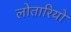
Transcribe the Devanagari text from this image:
लोतारियो